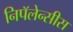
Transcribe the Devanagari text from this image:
निपॅलेन्सीस